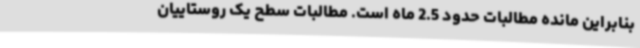
بنابراین مانده مطالبات حدود 2.5 ماه است. مطالبات سطح یک روستاییان